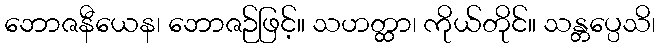
ဘောဇနီယေန၊ ဘောဇဉ်ဖြင့်။ သဟတ္ထာ၊ ကိုယ်တိုင်။ သန္တပ္ပေသိ၊